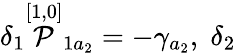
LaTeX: \delta_{1}\stackrel{[1,0]}{\cal P}_{1a_{2}}=-\gamma_{a_{2}},\; \delta_{2}